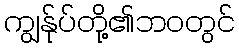
ကျွန်ုပ်တို့၏ဘဝတွင်